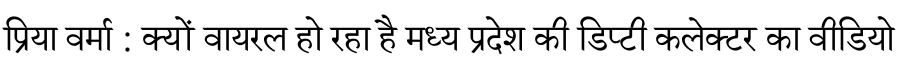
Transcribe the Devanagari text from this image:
प्रिया वर्मा : क्यों वायरल हो रहा है मध्य प्रदेश की डिप्टी कलेक्टर का वीडियो